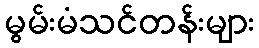
မွမ်းမံသင်တန်းများ